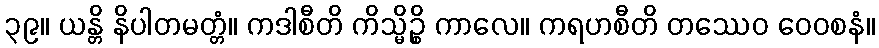
၃၉။ ယန္တိ နိပါတမတ္တံ။ ကဒါစီတိ ကိသ္မိဉ္စိ ကာလေ။ ကရဟစီတိ တဿေဝ ဝေဝစနံ။